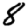
Digit: 8